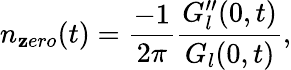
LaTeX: n_{\mathbf{z}ero}(t)=\frac{{-1}}{{2\pi}}\frac{{G_{l}^{\prime\prime}(0,t)}}{{G_{l}(0,t)}},